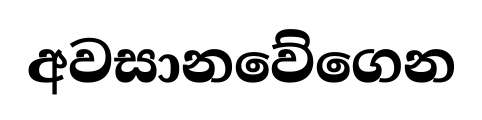
අවසානවේගෙන